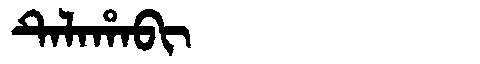
Manchu: ᡨᡝᠯᠠᡥᠠᠪᡳ
Romanization: TELAHABI